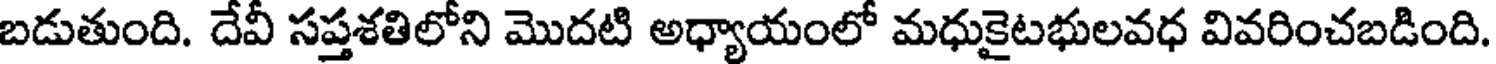
బడుతుంది. దేవీ సప్తశతిలోని మొదటి అధ్యాయంలో మధుకైటభులవధ వివరించబడింది